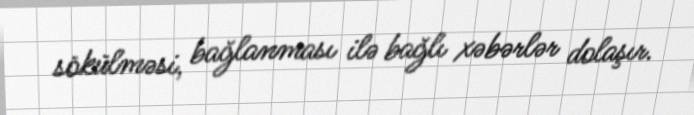
sökülməsi, bağlanması ilə bağlı xəbərlər dolaşır.